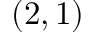
( 2 , 1 )